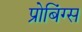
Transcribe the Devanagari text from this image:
प्रोबिंग्स